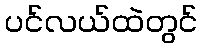
ပင်လယ်ထဲတွင်